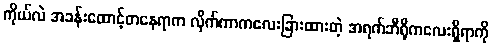
ကိုယ်လဲ အခန်းထောင့်တနေရာက လိုက်ကာကလေးခြားထားတဲ့ အရက်ဘီရိုကလေးရှိရာကို